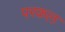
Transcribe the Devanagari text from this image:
परकल